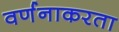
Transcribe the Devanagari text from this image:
वर्णनाकरता